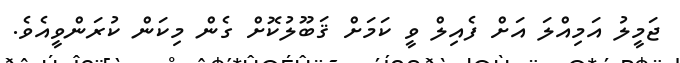
ޖަމީލު އަމިއްލަ އަށް ފެއިލް ވީ ކަމަށް ޤަބޫލުކޮށް ގެން މިކަން ކުރަންވީއެވެ.